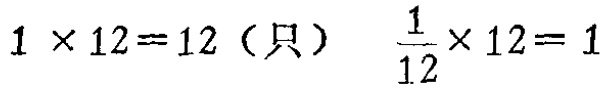
$1\times 12 = 12 \text{（只）} \quad \frac{1}{12}\times 12 = 1$